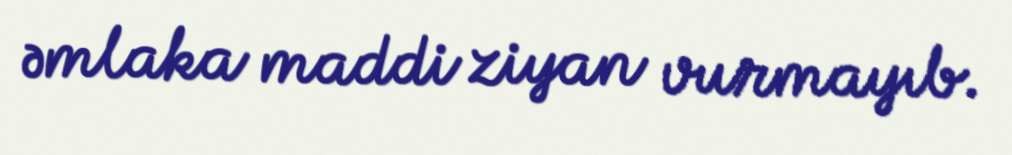
əmlaka maddi ziyan vurmayıb.